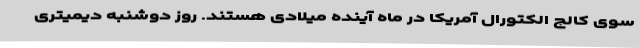
سوی کالج الکتورال آمریکا در ماه آینده میلادی هستند. روز دوشنبه دیمیتری